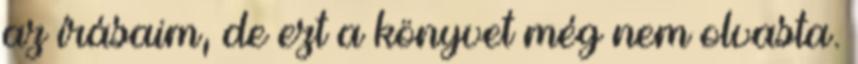
az írásaim, de ezt a könyvet még nem olvasta.